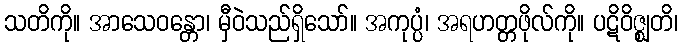
သတိကို။ အာသေဝန္တော၊ မှီဝဲသည်ရှိသော်။ အကုပ္ပံ၊ အရဟတ္တဖိုလ်ကို။ ပဋိဝိဇ္ဈတိ၊